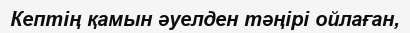
Кептің қамын әуелден тәңірі ойлаған,